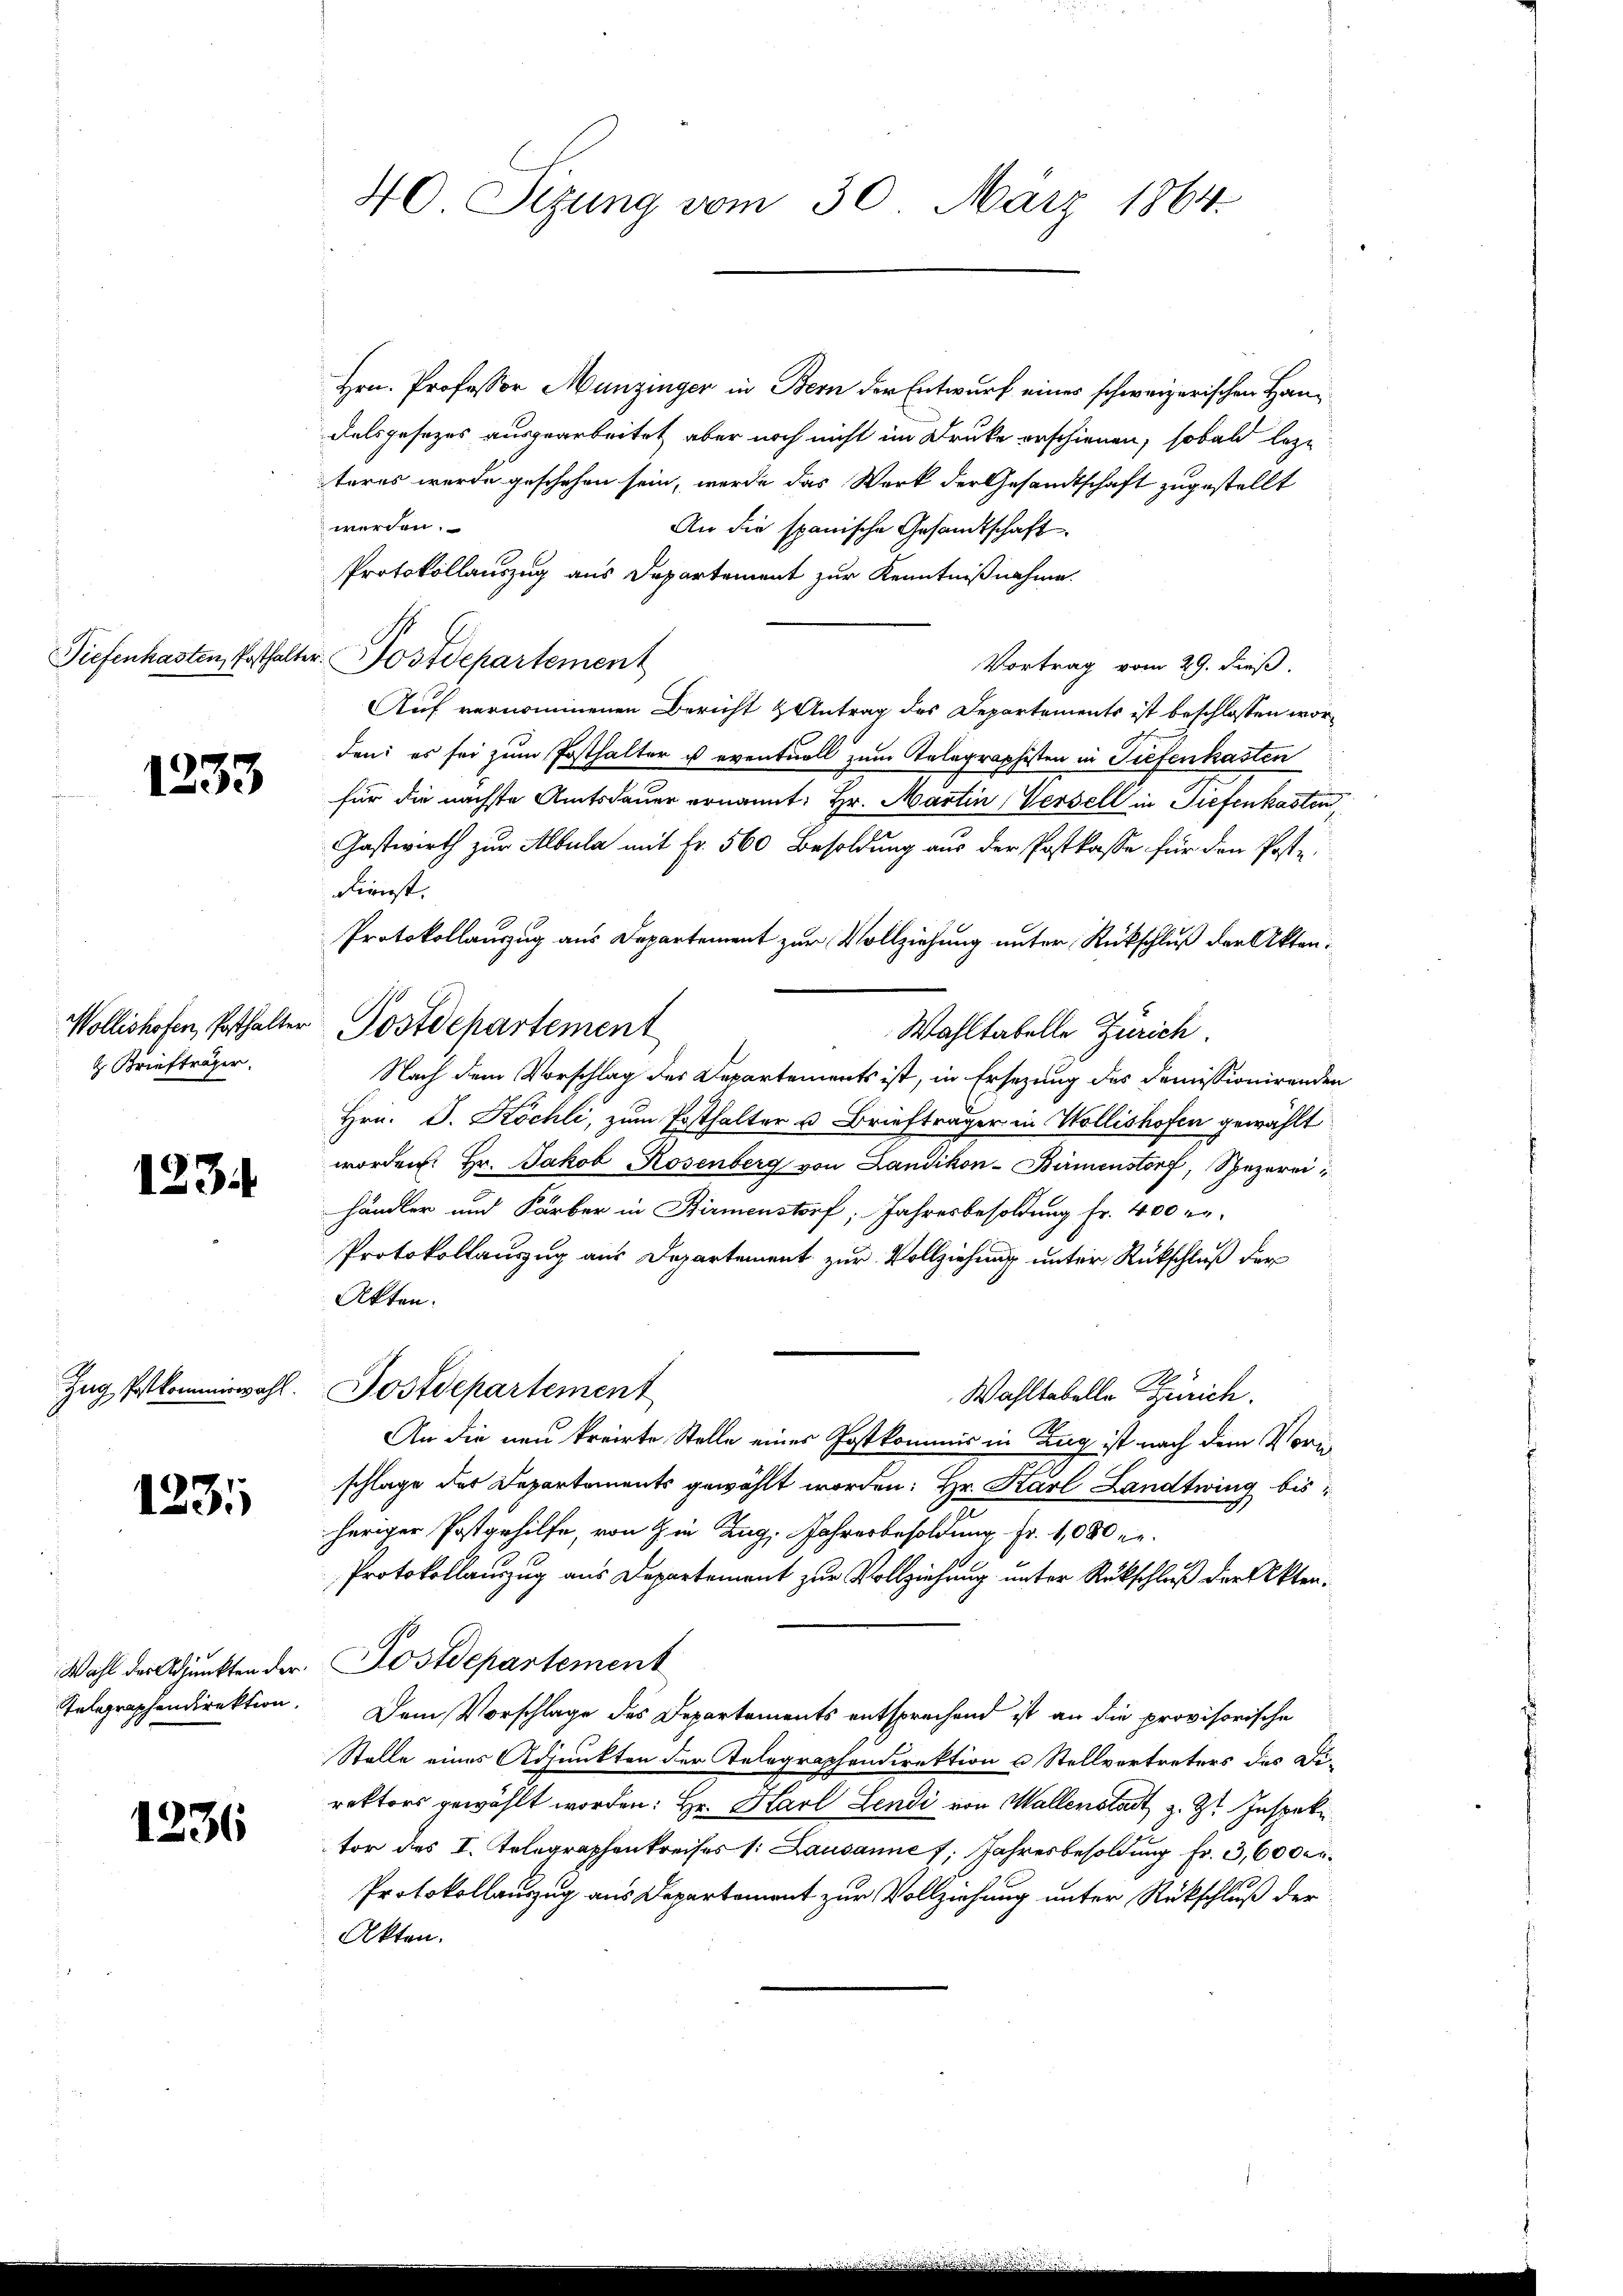
1233

Briefträger.

1234

1231

1

1336

Hrn. Professor Munzinger in Bern der Entwurf eines schweizerischen Handalsgesezes ausgearbeitet aber noch nicht im Drucke erschienen, sobald lege
teres werde geschehen sein, werde das Werk der Gesandtschaft zugestellt
werden.
An die spanische Gesandtschaft
Protokollauszug aus Departement zur Kenntnißnahme.
Tiefenhasten, Posthalter. Postdepartement
Vortrag vom 29. dieß.
Auf vernommenen Bericht & Antrag des Departements ist beschlossen worden: es sei zum Posthalter ist eventuell zum Telegraphisten in Tiefenkasten
für die nächste Amtsdauer ernannt: Hr. Martin, Versell in Tiefenkasten
Gastwirth zur Albula mit Fr. 560 Besoldung aus der Postkasse für den Poste
Dienst.
Protokollauszug aus Departement zur Vollziehung unter Rückschluß der Akten¬
Wahltabelle Zürich
Nach dem Vorschlag des Departements ist, in Ersezung des Demissionirenden
Hrn. J. Köchli, zum Posthalter u Briefträger in Wollishofen gewählt
worden. Hr. Jakob Rosenberg von Landikon-Birmenstorf, Spezereihändler und Färber in Birmenstorf, Jahresbesoldung fr. 400 r.
Protokollauszug aus Departement zur Vollziehung unter Rückschluß der
Akten.
Zug Ptkommiswahl. Postdepartement
Wahltabelle Zürich.
An die neu kreirte Stelle einer Postkommis in Zug ist nach dem Vorischlage der Departements gewählt worden: Hr. Karl Landtwing bis
heriger Postgehilfe, von in Zug, Jahresbesoldung Fr. 1,080 kr.
Protokollauszug aus Departement zur Vollziehung unter Rückschluß der Akten.
Wahl der Adjunkten der Postdepartement
Telegraphendirektion. Dem Vorschlage des Departements entsprechend ist an die provisorische
Stelle eines Adjunkten der Telegraphendirektion u Stellvertreters des Direktors gewählt worden: Hr. Harl Lendi von Wallenstadt z. Zt. Inspete
tor des I. Telegraphenkreises /: Lausanne 7. Jahresbesoldung Fr. 3,600 er¬
Protokollauszug aus Departement zur Vollziehung unter Rückschluß der
Akten.

40 Sizung vom 30. März 1864.

Wollishofen, Posthalter Postdepartement